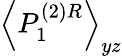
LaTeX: \left\langle P_{1}^{(2)R}\right\rangle_{yz}